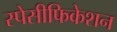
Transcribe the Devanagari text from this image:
स्पेसीफिकेशन